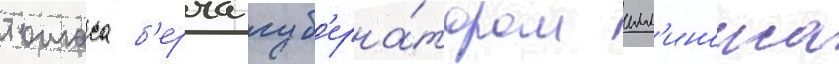
томаса б'ерча губ'ерна́тором илл'иноиса